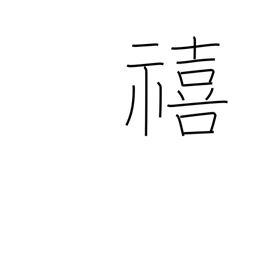
Meaning: fortunate